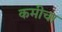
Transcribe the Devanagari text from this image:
कमीचा